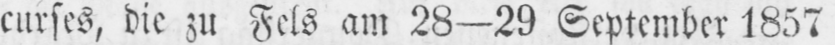
curses, die zu Fels am 28-29 September 1857